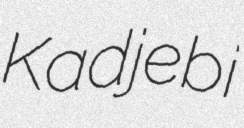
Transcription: Kadjebi